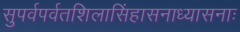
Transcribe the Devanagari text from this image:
सुपर्वपर्वतशिलासिंहासनाध्यासनाः